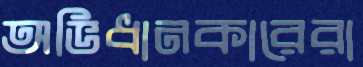
অভিধানকারেরা